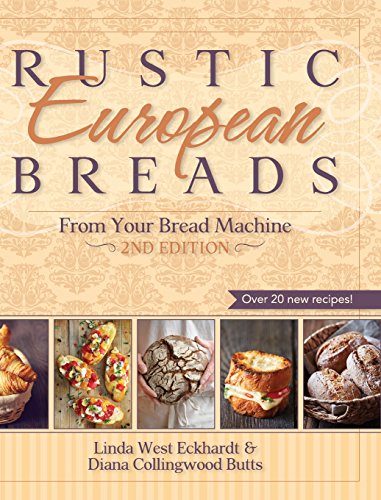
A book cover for Rustic European Breads from Your Bread Machine; Linda West Eckhardt; Cookbooks, Food & Wine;